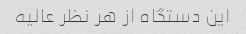
این دستگاه از هر نظر عالیه